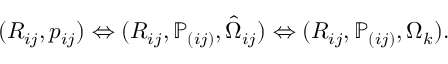
\begin{array} { r } { ( R _ { i j } , p _ { i j } ) \Leftrightarrow ( R _ { i j } , { \mathbb P } _ { ( i j ) } , \hat { \Omega } _ { i j } ) \Leftrightarrow ( R _ { i j } , { \mathbb P } _ { ( i j ) } , \Omega _ { k } ) . } \end{array}